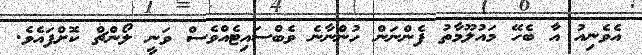
އެވެނިއު އާ ބެހޭ މައުލޫމާތު ފެންނަން ހުންނާނެ ވެބްސައިޓެއްވެސް ވަނީ ލޯންޗް ކޮށްފައެވެ.